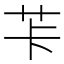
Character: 𦭌